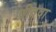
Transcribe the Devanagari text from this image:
प्रीतदा